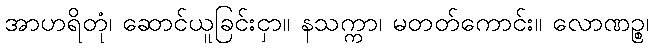
အာဟရိတုံ၊ ဆောင်ယူခြင်းငှာ။ နသက္ကာ၊ မတတ်ကောင်း။ လောဏဉ္စ၊